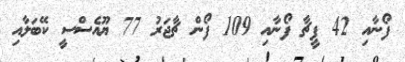
ފޯނާއި 42 ފީޗާ ފޯނާއި 109 ފޯން ޗާޖަރު 77 ޔޫއެސްސީ ކޭބަލާއި